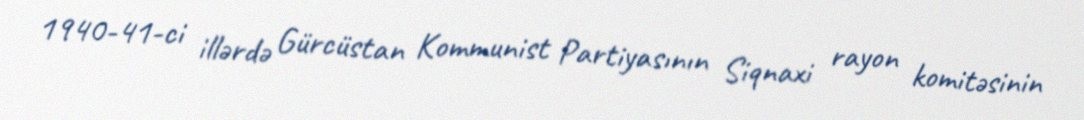
1940-41-ci illərdə Gürcüstan Kommunist Partiyasının Siqnaxi rayon komitəsinin